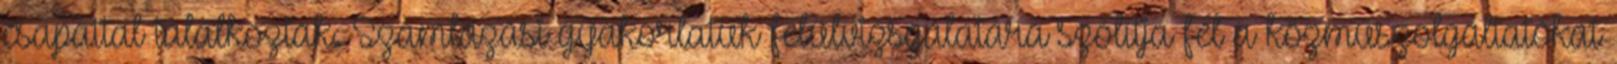
csapattal találkoztak. Számlázási gyakorlatuk felülvizsgálatára szólítja fel a közműszolgáltatókat